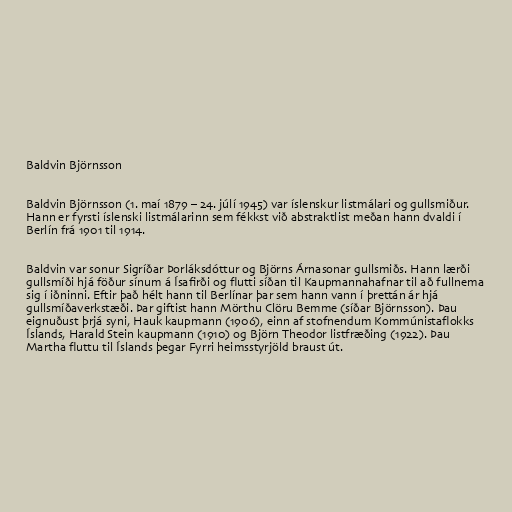
Baldvin Björnsson

Baldvin Björnsson (1. maí 1879 – 24. júlí 1945) var íslenskur listmálari og gullsmiður.
Hann er fyrsti íslenski listmálarinn sem fékkst við abstraktlist meðan hann dvaldi í
Berlín frá 1901 til 1914.

Baldvin var sonur Sigríðar Þorláksdóttur og Björns Árnasonar gullsmiðs. Hann lærði
gullsmíði hjá föður sínum á Ísafirði og flutti síðan til Kaupmannahafnar til að fullnema
sig í iðninni. Eftir það hélt hann til Berlínar þar sem hann vann í þrettán ár hjá
gullsmíðaverkstæði. Þar giftist hann Mörthu Clöru Bemme (síðar Björnsson). Þau
eignuðust þrjá syni, Hauk kaupmann (1906), einn af stofnendum Kommúnistaflokks
Íslands, Harald Stein kaupmann (1910) og Björn Theodor listfræðing (1922). Þau
Martha fluttu til Íslands þegar Fyrri heimsstyrjöld braust út.